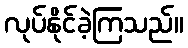
လုပ်နိုင်ခဲ့ကြသည်။